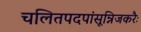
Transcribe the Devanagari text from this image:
चलितपदपांसून्निजकरैः